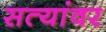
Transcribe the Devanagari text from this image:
सत्यांवर